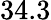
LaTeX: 34.3